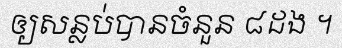
ឲ្យសន្លប់បានចំនួន ៨ដង ។